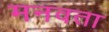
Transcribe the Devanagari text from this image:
मनवता